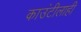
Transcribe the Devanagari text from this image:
काउंटीलाही